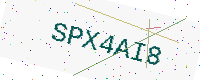
Text: SPX4AI8